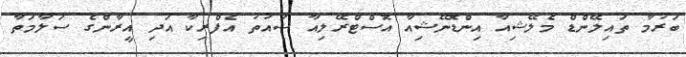
ބަރުމާ ތައިލޭންޑް މެލޭޝިއާ އިންޑޮނޭޝިއާ އޮސްޓްރޭލިއާ ސައުތު އެފްރިކާ އަދި އީރާންގެ ސަލާމަތާ